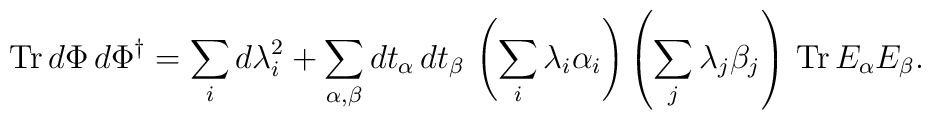
{\rm Tr}\, d\Phi \, d\Phi^\dagger=  \sum_i d\lambda_i^2+  \sum_{\alpha,\beta} dt_\alpha \,dt_\beta \,\left(\sum_i\lambda_i \alpha_i \right)\left(\sum_j\lambda_j \beta_j \right) \,{\rm Tr}\,E_\alpha E_\beta.